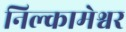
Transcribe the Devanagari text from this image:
निल्कामेश्वर